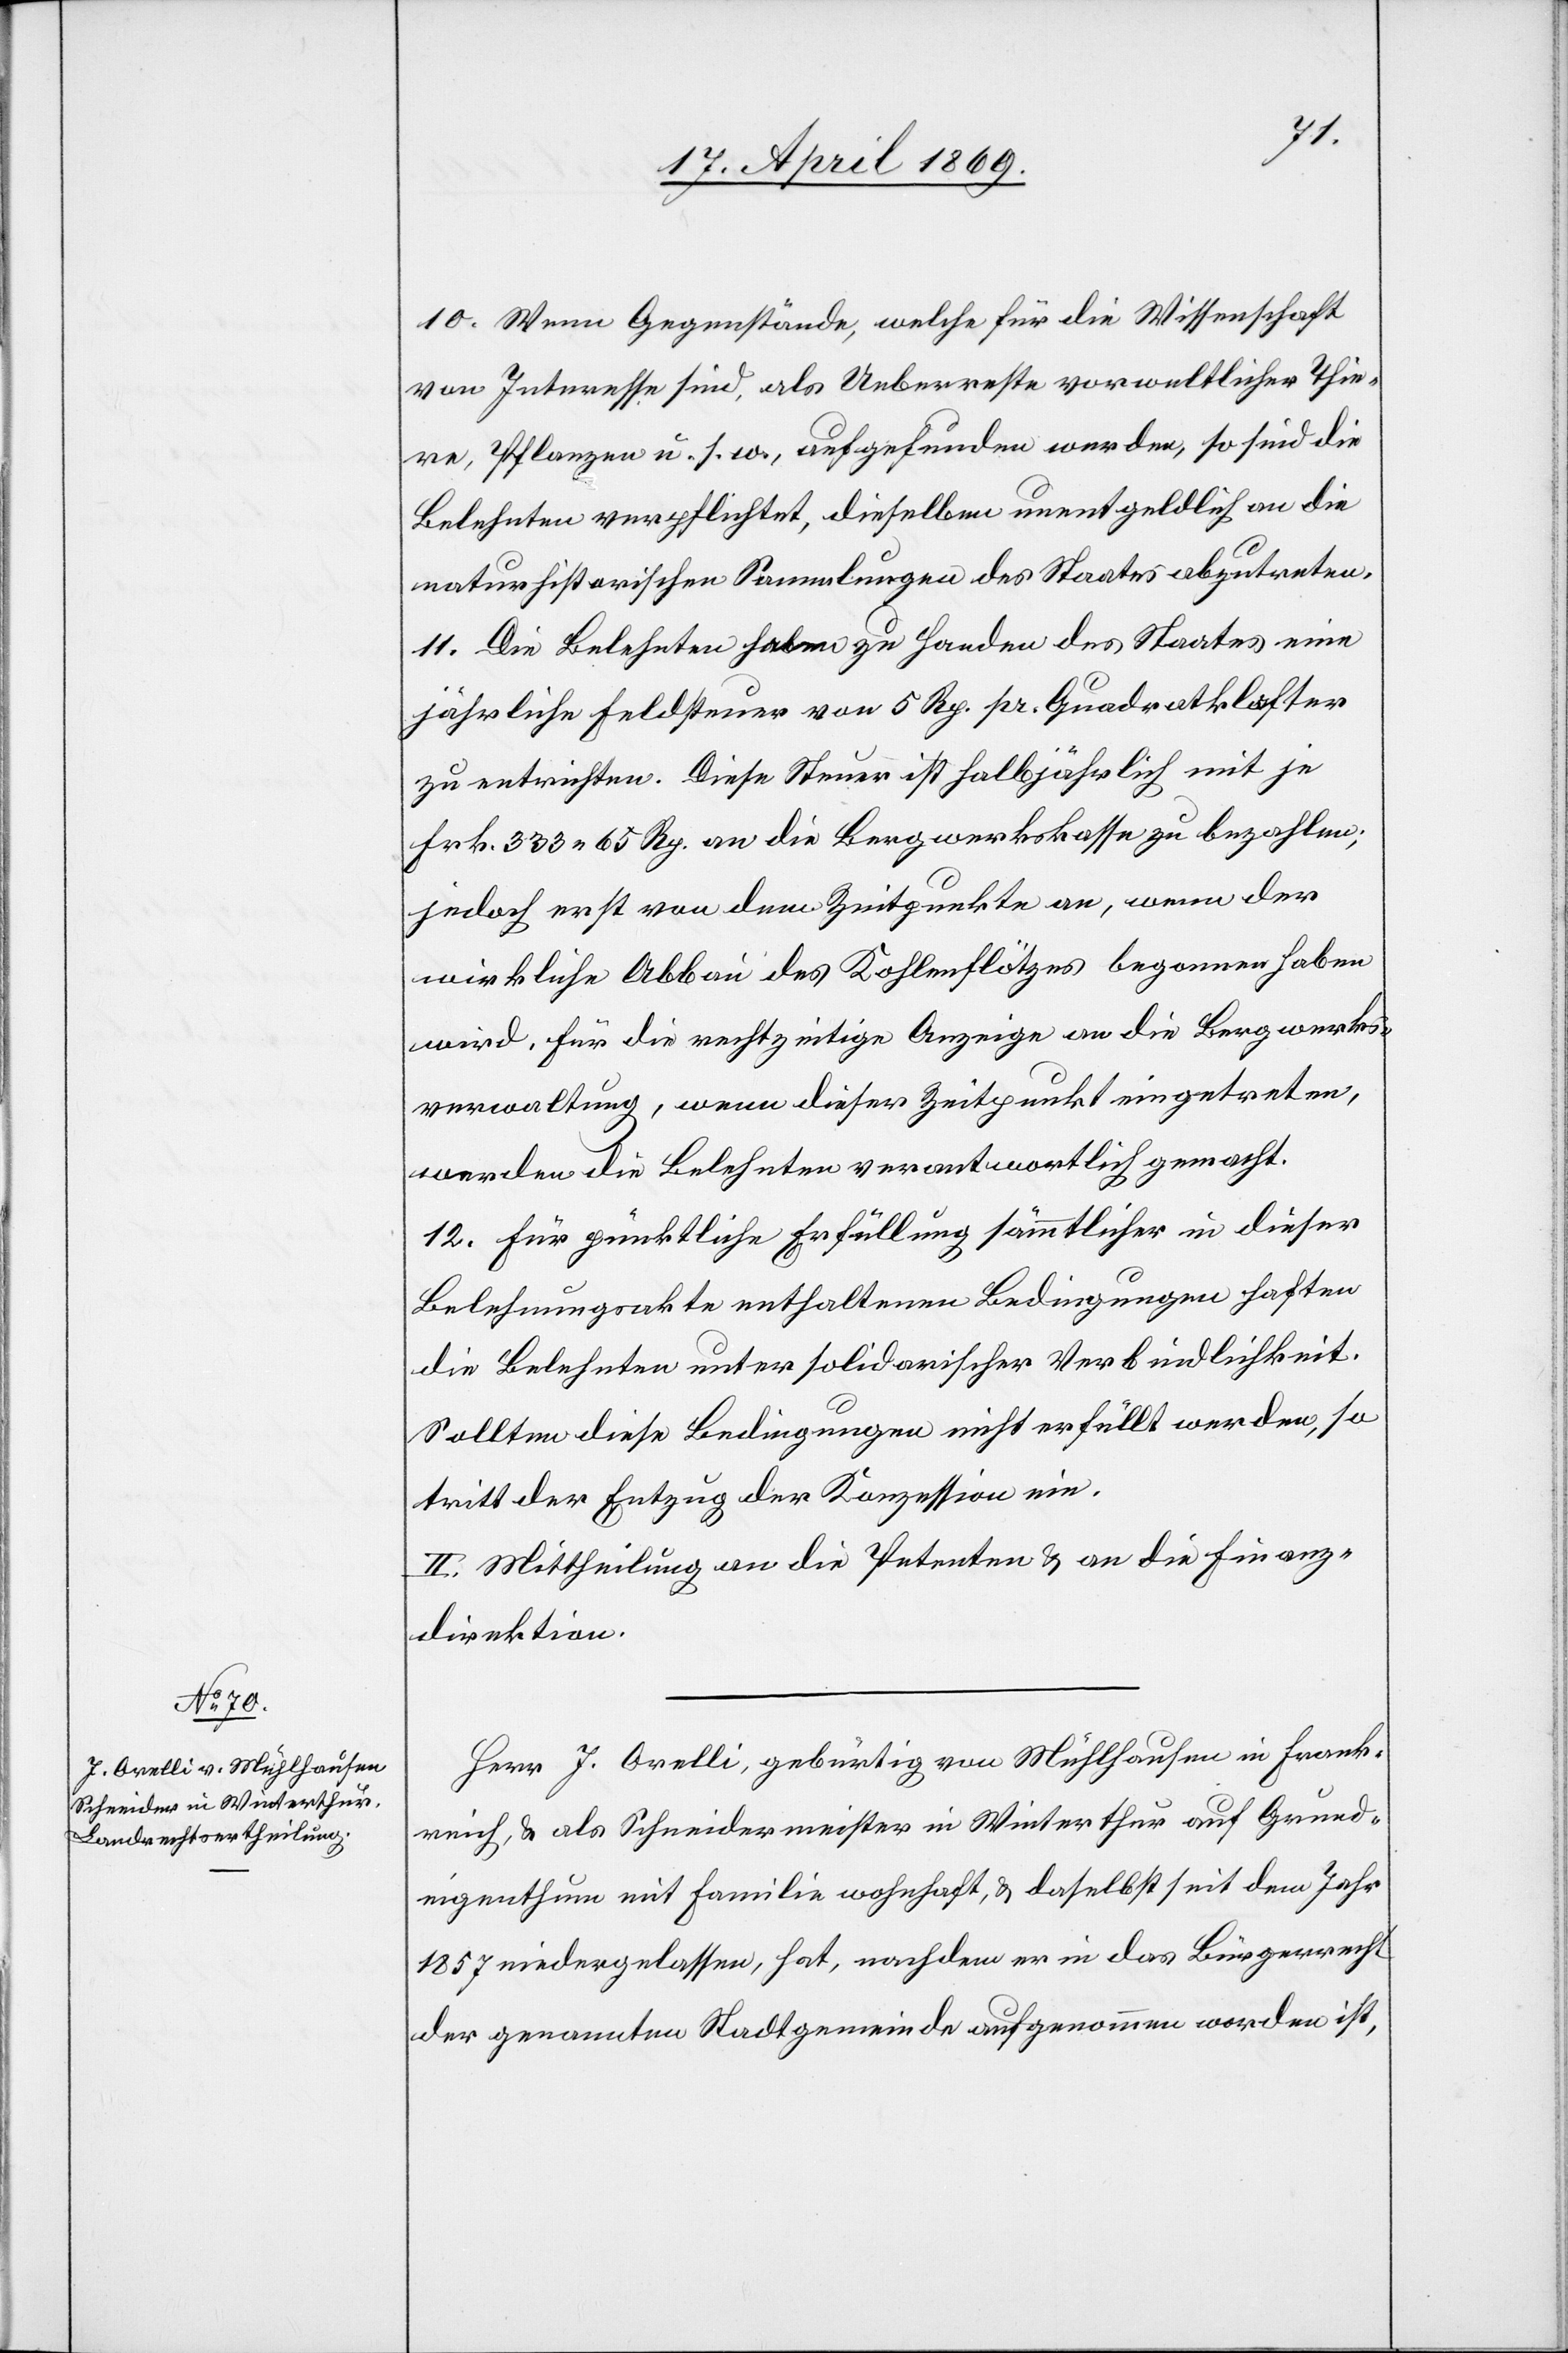
10. Wenn Gegenstände, welche für die Wissenschaft
von Interesse sind, als Ueberreste vorweltlicher Thie¬
re, Pflanzen u. s. w., aufgefunden werden, so sind die
Belehnten verpflichtet, dieselben unentgeldlich an die
naturhistorischen Sammlungen des Staates abzutreten.
11. Die Belehnten haben zu Handen des Staates eine
jährliche Feldsteuer von 5 Rp. pr. Quadratklaster
zu entrichten. Diese Steuer ist halbjährlich mit je
Frk. 333 65 Rp. an die Bergwerkskasse zu bezahlen;
jedoch erst von dem Zeitpunkte an, wenn der
wirkliche Abbau des Kohlenflötzes begonnen haben
wird. Für die rechtzeitige Anzeige an die Bergwerks¬
verwaltung, wenn dieser Zeitpunkt eingetreten,
werden die Belehrten verantwortlich gemacht.
12. Für pünktliche Erfüllung sämmtlicher in dieser
Belehnungsakte enthaltenen Bedingungen haften
die Belehnten unter solidarischer Verbindlichkeit.
Sollten diese Bedingungen nicht erfüllt werden, so
tritt der Entzug der Konzession ein.
II. Mittheilung an die Petenten u. an die Finanz¬
direktion.
Herr J. Orelli, gebürtig von Mühlhausen in Frank¬
reich, u. als Schneidermeister in Winterthur auf Grund¬
eigenthum mit Familie wohnhaft, daselbst seit dem Jahr
1857 niedergelassen, hat, nachdem er in das Bürgerrecht
der genannten Stadtgemeinde aufgenommen worden ist,